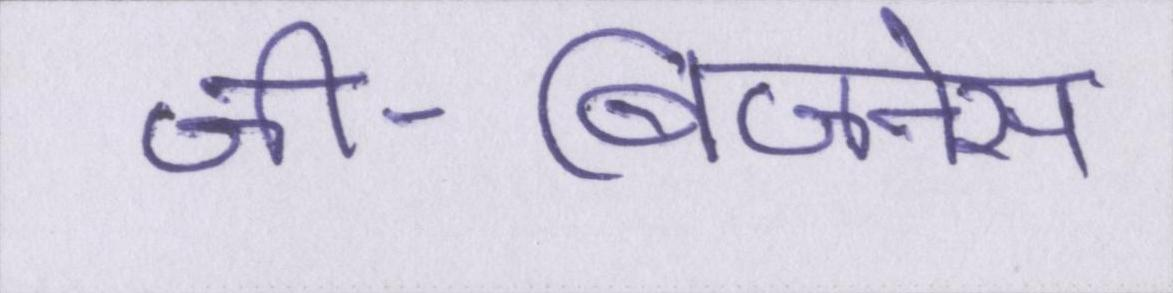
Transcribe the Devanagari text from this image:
जी-बिजनेस